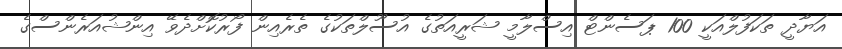
އަޔާދީ ތަކަފުލްއަކީ 100 ޕަސެންޓް އިސްލާމީ ޝަރީއަތުގެ އުސޫލްތަކުގެ ތެރެއިން ފޯރުކޮށްދެވޭ އިންޝުއަރެންސްގެ